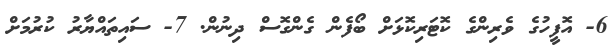
6- އޮފީހުގެ ވެރިންގެ ކޮޓަރިކޮޅަށް ބޯފެން ގެންގޮސް ދިނުން. 7- ސައިތައްޔާރު ކުރުމަށް